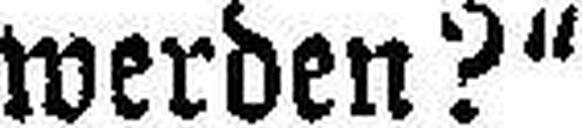
werden?“